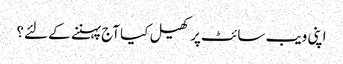
اپنی ویب سائٹ پر کھیل کیا آج پہننے کے لئے؟